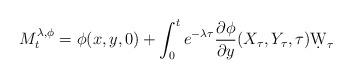
LaTeX: \begin{align*}M_t^{\lambda,\phi} = \phi(x,y,0) + \int_0^t e^{-\lambda \tau} \frac{\partial \phi}{\partial y} (X_\tau,Y_\tau, \tau) \d W_\tau\end{align*}